Annual administration report of the Civil Veterinary Department of India - 1893-1894
Year: 1893
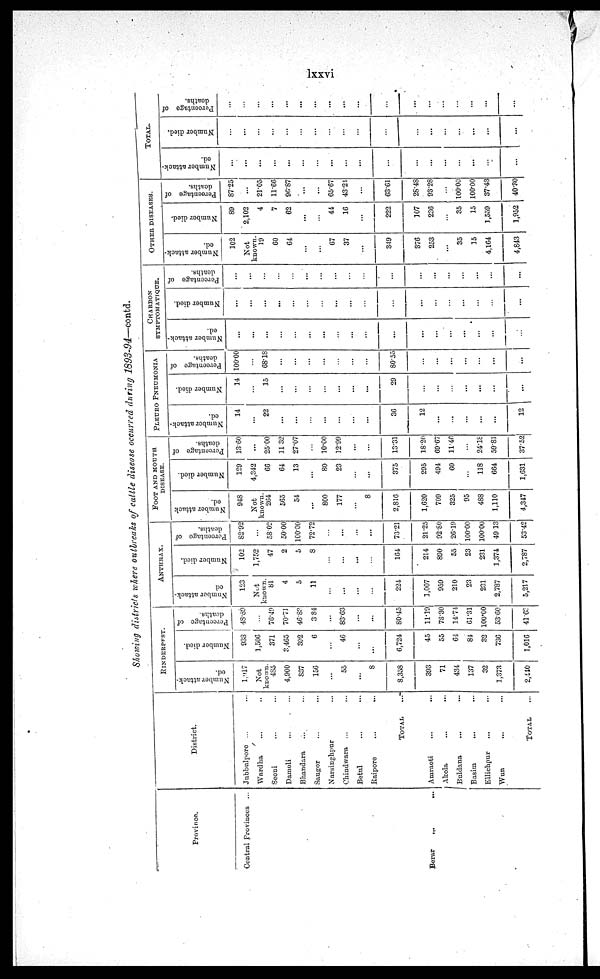
lxxvi
Showing districts where outbreaks of cattle disease occurred during 1893-94—contd.
Province.
Central Provinces ...
Berar
...
...
District.
Jubbulpore ... ...
Wardha ... ...
Seoni ... ...
Damoli ... ...
Bhandara ... ...
Saugor ... ...
Narsinghpur ... ...
Chindwara ...
...
Betul ... ...
Raipore
...
...
TOTAL ...
Amraoti ... ...
Akola ... ...
Buldana ... ...
Basim
... ...
Ellichpur ... ...
Wun ... ...
Total ...
RINDERPEST.
Number attack-
ed.
1,917
Not
known
485
4,900
837
156
...
55
...
8
8,358
393
71
434
137
32
1,373
2,440
Number died.
933
1,506
371
3,465
302
6
...
46
...
...
6,724
45
55
64
84
32
736
1,016
Percentage of
deaths.
43.89
...
76.49
70.71
46.82
384
...
83.63
...
...
80.45
11.19
78.30
14.74
61.31
100.00
53.60
41.63
ANTHRAX.
Number attack-
ed
123
Not
known.
81
4
5
11
...
...
...
...
224
1,007
959
210
23
231
2,787
5,217
Number died.
102
1,752
47
2
5
8
...
...
...
...
164
214
890
55
23
231
1,374
2,787
Percentage of
deaths.
82.92
...
58.02
50.00
100.00
72.72
...
...
...
...
73.21
21.25
92.80
26.19
100.00
100.00
49 13
53.42
FOOT AND MOUTH
DISEASE.
Number attack
ed.
948
Not
known.
264
565
54
...
800
177
...
8
2,816
1,620
709
325
95
488
1,110
4,347
Number died.
129
4,342
66
64
13
...
80
23
...
...
375
295
494
60
...
118
664
1,631
Percentage of
deaths.
13.60
...
25.00
11 32
27.07
...
10.00
12.99
...
13.31
18.20
69.67
11.46
...
24.18
59.81
37.52
PLEDRO PNEUMONIA
Number attack-
ed.
14
...
22
...
...
...
...
...
...
...
36
12
...
...
...
...
...
12
Number died.
14
...
15
...
...
...
...
...
...
...
29
...
...
...
...
...
...
...
Percentage of
deaths.
100.00
...
68.18
...
...
...
...
...
...
...
80.55
...
...
...
...
...
...
...
CHARBON
SYMPTOMATIQUE.
Number attack-
ed.
...
...
...
...
...
...
...
...
...
...
...
...
...
...
...
...
...
...
Number died.
...
...
...
...
...
...
...
...
...
...
...
...
...
...
...
...
...
...
Percentage of
deaths.
...
...
...
...
...
...
...
...
...
...
...
...
...
...
...
...
...
...
OTHER DISEASES.
Number attack-
ed.
102
Not
known.
19
60
64
...
...
67
37
...
349
376
253
...
35
15
4,164
4,843
Number died.
80
2,102
4
7
62
...
44
16
...
222
107
236
...
35
15
1,559
1,952
Percentage of
deaths.
87.25
...
21.05
11.66
96.87
...
...
65.67
43.24
...
63.61
28.48
93.28
...
100.00
100.00
37.43
40.30
TOTAL.
Number attack-
ed.
...
...
...
...
...
...
...
...
...
...
...
...
...
...
...
...
...
...
Number died.
...
...
...
...
...
...
...
...
...
...
...
...
...
...
...
...
...
...
Percentage of
deaths.
...
...
...
...
...
...
...
...
...
...
...
...
...
...
...
...
...
...